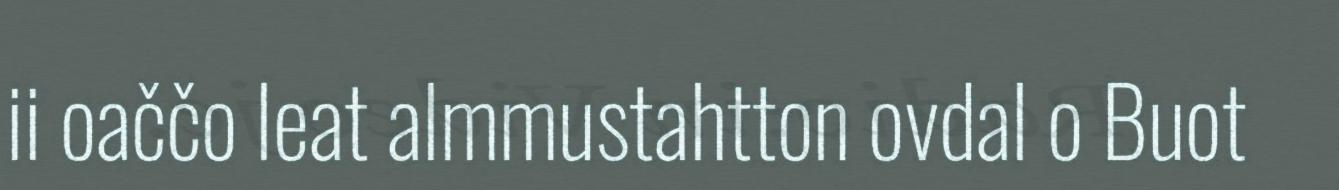
ii oaččo leat almmustahtton ovdal o Buot